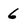
Character: 6